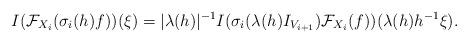
LaTeX: \begin{align*}I(\mathcal{F}_{X_i}( \sigma_i(h)f))(\xi)=|\lambda(h)|^{-1}I(\sigma_i(\lambda(h)I_{V_{i+1}})\mathcal{F}_{X_i} (f))(\lambda(h)h^{-1}\xi).\end{align*}